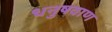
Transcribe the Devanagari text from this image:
धनुषवाण